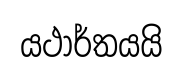
යථාර්තයයි